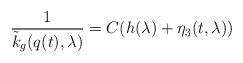
LaTeX: \begin{align*}\frac{1}{\tilde k_g (q(t),\lambda)} = C(h(\lambda) + \eta_3 (t, \lambda ))\end{align*}